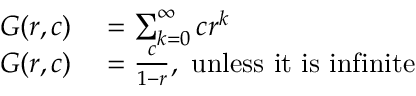
\begin{array} { r l r l } { G ( r , c ) } & { { } = \sum _ { k = 0 } ^ { \infty } c r ^ { k } } & { } & { { } } \\ { G ( r , c ) } & { { } = { \frac { c } { 1 - r } } , { \mathrm { ~ u n l e s s ~ i t ~ i s ~ i n f i n i t e } } } & { } & { { } } \end{array}